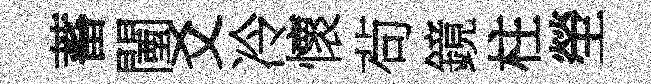
蓄闉爻冷懷茍鏡柱塋